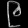
Digit: ၉